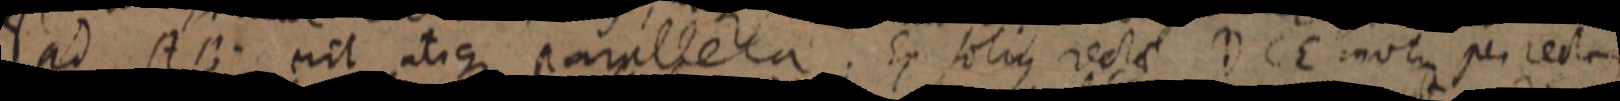
ad AB. erit atique parallela. Ex solius rectae DCE motus per rectam